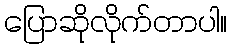
ပြောဆိုလိုက်တာပါ။